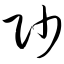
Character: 帅